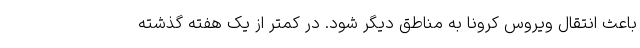
باعث انتقال ویروس کرونا به مناطق دیگر شود. در کمتر از یک هفته گذشته